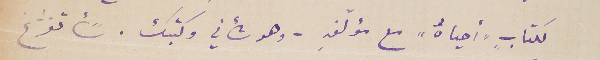
لكتابٍ "أحياهُ" مع مؤلَفهِ – وهو شأني وكتبك. سًأتفرّغ